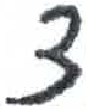
אות: צ